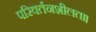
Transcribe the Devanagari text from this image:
परिवर्तनशीलता।